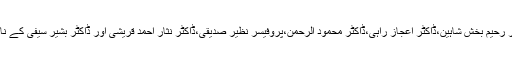
ان میں ڈاکٹر محمد ریاض،ڈاکٹر رحیم بخش شاہین،ڈاکٹر اعجاز راہی،ڈاکٹر محمود الرحمن،پروفیسر نظیر صدیقی،ڈاکٹر نثار احمد قریشی اور ڈاکٹر بشیر سیفی کے نام کسی تعارف کے محتاج نہیں۔